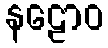
နဠောဝ